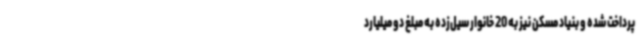
پرداخت شده و بنیاد مسکن نیز به 20 خانوار سیل‌زده به مبلغ دو میلیارد